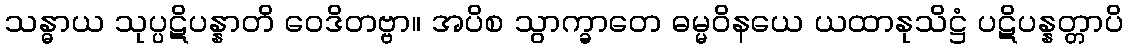
သန္ဓာယ သုပ္ပဋိပန္နာတိ ဝေဒိတဗ္ဗာ။ အပိစ သွာက္ခာတေ ဓမ္မဝိနယေ ယထာနုသိဋ္ဌံ ပဋိပန္နတ္တာပိ